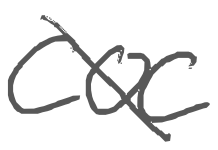
Text: COC
Cross-out: diagonal
Writing tool: digital_gray